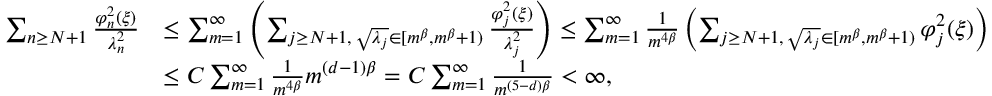
\begin{array} { r l } { \sum _ { n \geq N + 1 } \frac { \varphi _ { n } ^ { 2 } ( \xi ) } { \lambda _ { n } ^ { 2 } } } & { \leq \sum _ { m = 1 } ^ { \infty } \left( \sum _ { j \geq N + 1 , \, \sqrt { \lambda _ { j } } \in [ m ^ { \beta } , m ^ { \beta } + 1 ) } \frac { \varphi _ { j } ^ { 2 } ( \xi ) } { \lambda _ { j } ^ { 2 } } \right) \leq \sum _ { m = 1 } ^ { \infty } \frac { 1 } { m ^ { 4 \beta } } \left( \sum _ { j \geq N + 1 , \, \sqrt { \lambda _ { j } } \in [ m ^ { \beta } , m ^ { \beta } + 1 ) } \varphi _ { j } ^ { 2 } ( \xi ) \right) } \\ & { \leq C \sum _ { m = 1 } ^ { \infty } \frac { 1 } { m ^ { 4 \beta } } m ^ { ( d - 1 ) \beta } = C \sum _ { m = 1 } ^ { \infty } \frac { 1 } { m ^ { ( 5 - d ) \beta } } < \infty , } \end{array}